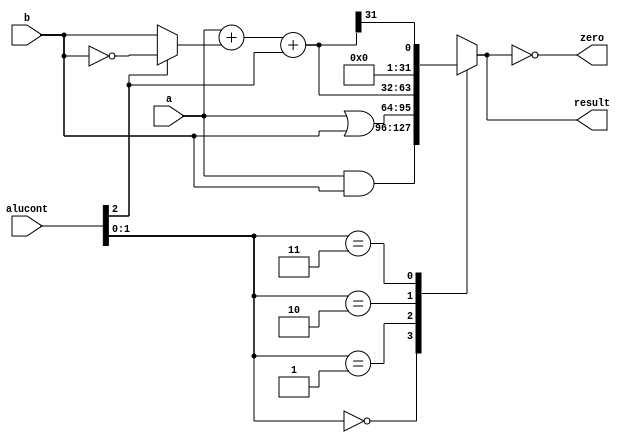
module alu(input      [31:0] a, b, 
           input      [2:0]  alucont, 
           output reg [31:0] result,
           output            zero);

  wire [31:0] b2, sum, slt;

  assign b2 = alucont[2] ? ~b:b; 
  assign sum = a + b2 + alucont[2];
  assign slt = sum[31];

  always@(*)
    case(alucont[1:0])
      2'b00: #50 result = a & b;
      2'b01: #50 result = a | b;
      2'b10: #50 result = sum;
      2'b11: #50 result = slt;
    endcase

  assign zero = (result == 32'b0);
endmodule